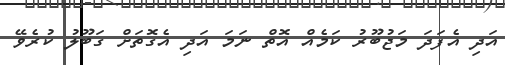
އަދި އެފަދަ މަޖުބޫރު ކަމެއް އޮތް ނަމަ އަދި އެގޮތަށް ގަބޫލު ކުރެވޭ